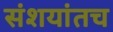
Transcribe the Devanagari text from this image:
संशयांतच